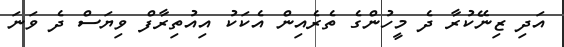
އަދި ޒިނޭކުރާ ދެ މީހުންގެ ތެރެއިން އެކަކު އިއުތިރާފް ވިޔަސް ދެ ވަނަ